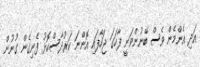
އަދި އެންމެން ވެސް ބޭނުންވަނީ ފާހަގަ ޖަހާފައި އޮންނަ ކަރުދާސްކޮޅު ފެނިގެން ގުނުން